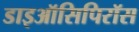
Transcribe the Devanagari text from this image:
डाइऑसिपिरॉस